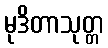
မုဒိတာသုတ္တ